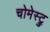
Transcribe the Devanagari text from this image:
चोमेस्ट्रु